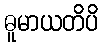
ဓူမာယတိပိ